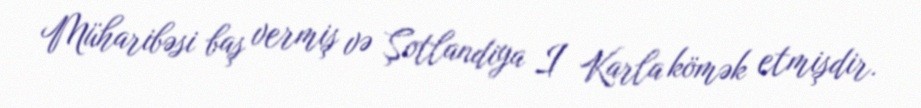
Müharibəsi baş vermiş və Şotlandiya I Karla kömək etmişdir.